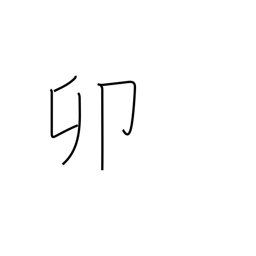
Meaning: fourth sign of Chinese zodiac